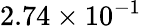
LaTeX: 2.74\times 10^{-1}